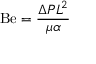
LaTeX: \mathrm { B e } = { \frac { \Delta P L ^ { 2 } } { \mu \alpha } }